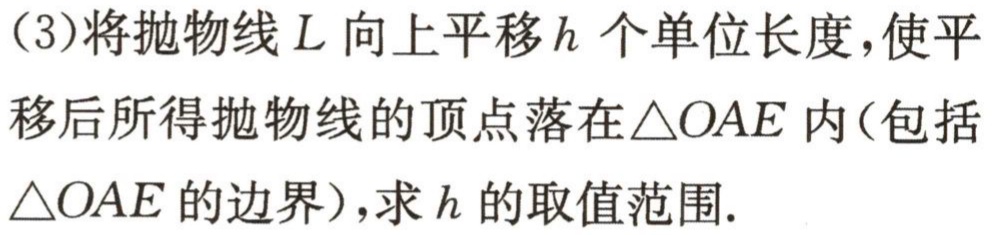
(3)将抛物线\(L\)向上平移\(h\)个单位长度，使平移后所得抛物线的顶点落在\(\triangle OAE\)内（包括\(\triangle OAE\)的边界），求\(h\)的取值范围.